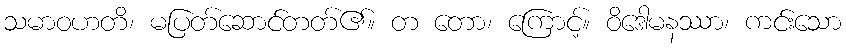
သမာဝဟတိ၊ မပြတ်ဆောင်တတ်၏။ တ တော၊ ကြောင့်။ ဝိဒေါမနဿာ၊ ကင်းသော